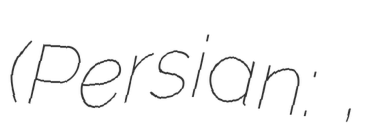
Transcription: (Persian: خبيص,